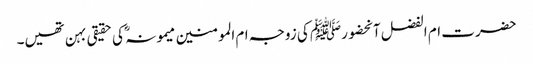
حضرت ام الفضل آنحضورﷺ کی زوجہ ام المومنین میمونہ ؓ کی حقیقی بہن تھیں۔